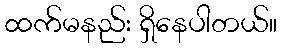
ထက်မနည်း ရှိနေပါတယ်။